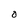
Character: O